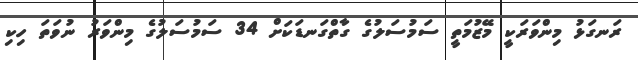
ރަނގަޅު މިންވަރަކީ މޭޒުމަތީ ސަމުސަލުގެ ގާތްގަނޑަކަށް 34 ސަމުސަލުގެ މިންވަރު ނުވަތަ ހިކި